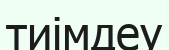
тиімдеу